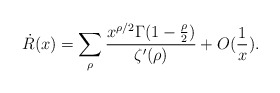
\begin{align*}\dot{R}(x)=\sum_{\rho}\frac{x^{\rho/2}\Gamma(1-\frac{\rho}{2})}{\zeta'(\rho)}+O(\frac{1}{x}).\end{align*}